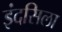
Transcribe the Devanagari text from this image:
इंदसिला